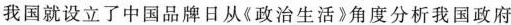
我国就设立了中国品牌日从《政治生活》角度分析我国政府